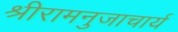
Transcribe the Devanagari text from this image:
श्रीरामनुजाचार्य